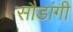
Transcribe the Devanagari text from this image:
सौडांगी